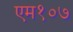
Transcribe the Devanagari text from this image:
एम१०७